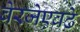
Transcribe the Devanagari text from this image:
बेरजेएवढे